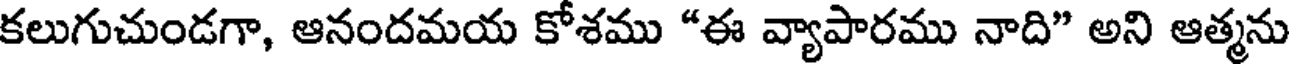
కలుగుచుండగా, ఆనందమయ కోశము *ఈ వ్యాపారము నాది" అని ఆత్మను